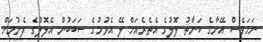
ނަމަވެސް އޭނާގެ ކަނާތު ލޮލުގެ އެތެރެއަށް ލޭ އެޅުމުގެ ސަބަބުން އެލޮލުގެ ފެނުމަށް